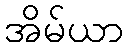
အိမ်ယာ